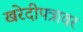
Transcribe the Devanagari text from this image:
खरेदीपत्रावर